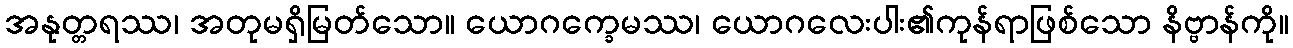
အနုတ္တရဿ၊ အတုမရှိမြတ်သော။ ယောဂက္ခေမဿ၊ ယောဂလေးပါး၏ကုန်ရာဖြစ်သော နိဗ္ဗာန်ကို။